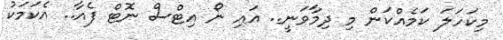
މިކަހަލަ ކަމެއްކަން މި ދިމާވަނީ.. އައި ނޯ އިޓްސް ނޮޓް ފެއާ.. އެކަމަކު